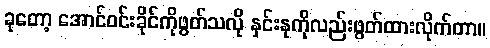
ခုတော့ အောင်ဝင်းခိုင်ကိုဖွတ်သလို နှင်းနုကိုလည်းဖွတ်ထားလိုက်တာ။